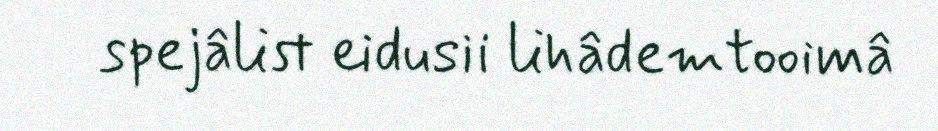
spejâlist eidusii lihâdemtooimâ